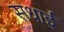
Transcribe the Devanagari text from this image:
सधाई